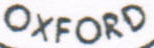
OXFORD